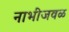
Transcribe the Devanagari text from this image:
नाभीजवळ